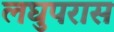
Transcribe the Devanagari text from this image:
लघुपरास